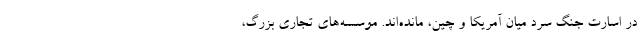
در اسارت جنگ سرد میان آمریکا و چین، مانده‌اند. موسسه‌های تجاری بزرگ،